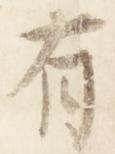
有